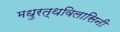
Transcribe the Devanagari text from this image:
मधुरत्थविलासिनी